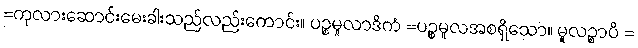
=ကုလားဆောင်းမေးခါးသည်လည်းကောင်း။ ပဉ္စမူလာဒိကံ =ပဉ္စမူလအစရှိသော။ မူလဉ္စာပိ =